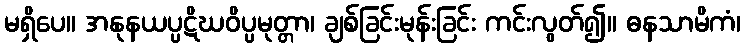
မရှိပေ။ အနုနယပ္ပဋိဃဝိပ္ပမုတ္တာ၊ ချစ်ခြင်းမုန်းခြင်း ကင်းလွတ်၍။ ဓနသာမိကံ၊